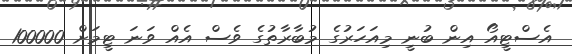
އެސްޓީއޯ އިން ބުނީ މިއަަހަރުގެ މުބާރާތުގެ ވެސް އެއް ވަނަ ޓީމަށް 100000